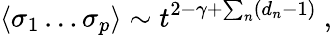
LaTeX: \langle\sigma_{1}\dots\sigma_{p}\rangle\sim t^{2-\gamma+\sum_{n}(d_{n}-1)}\ ,